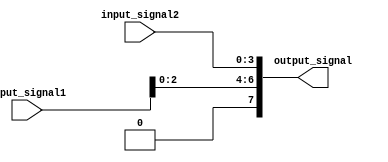
module concatenation_example (
    input [3:0] input_signal1,
    input [3:0] input_signal2,
    output [7:0] output_signal
);

assign output_signal = {input_signal1[2:0], input_signal2[3:0]};

endmodule